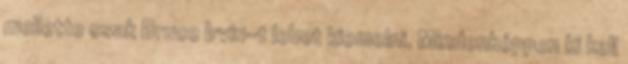
mellette csak Bruce Irvin-t lehet kiemelni. Mindenképpen ki kell